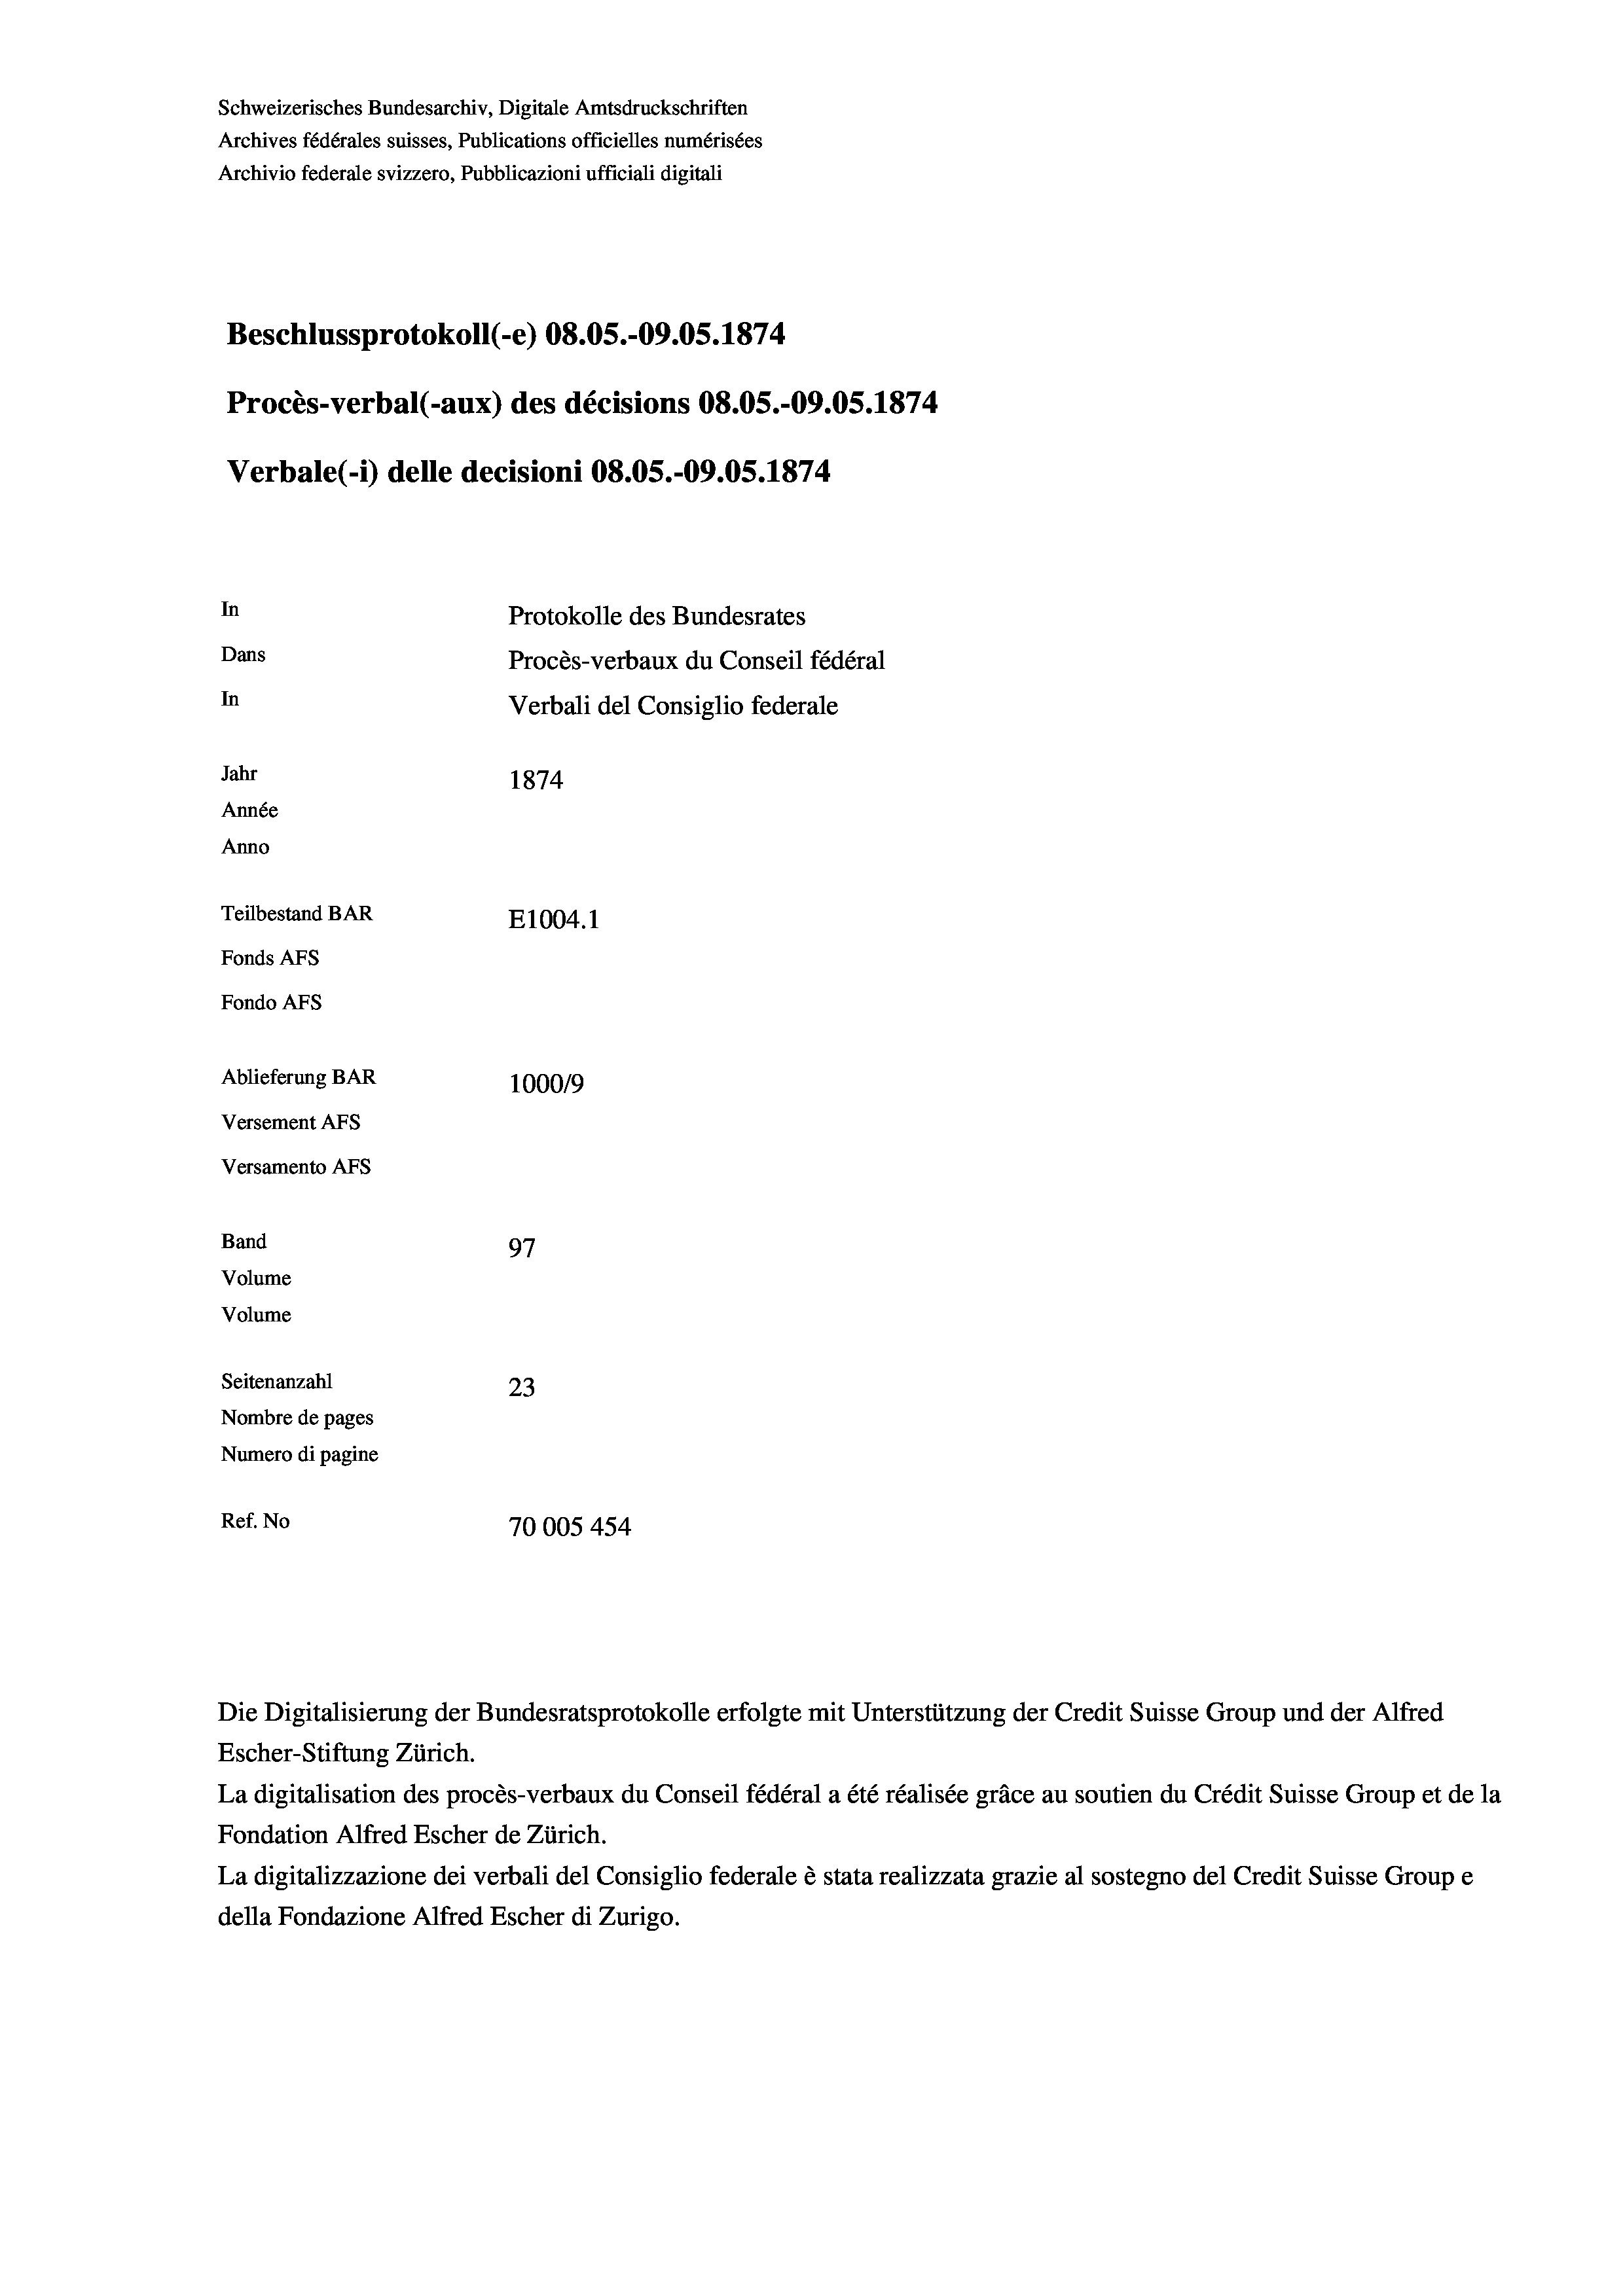
Schweizerisches Bundesarchiv, Digitale Amtsdruckschriften
Archives fédérales suisses, Publications officielles numérisées
Archivio federale svizzero, Pubblicazioni ufficiali digitali
Beschlussprotokoll (-e) 08.05.-09.05. 1874
Procès-verbal (-aux) des décisions 08.05.-09.05. 1874
Verbale (i) delle decisioni 08.05.-09.05. 1874
In
Protokolle des Bundesrates
Dans
Procès-verbaux du Conseil fédéral
In
Verbali del Consiglio federale
Jahr
1874
Année
Anno
Teilbestand BAR
E1004. 1
Fonds AFs
Fondo AFS
Ablieferung BAR
100019
Versement AFs
Versamento Afs
Band
97
Volume
Volume
Seitenanzahl
23
Nombre de pages
Numero di pagine
Ref. No
70005 454

Die Digitalisierung der Bundesratsprotokolle erfolgte mit Unterstützung der Credit Suisse Group und der Alfred
Escher-Stiftung Zürich.
La digitalisation des procès-verbaux du Conseil fédéral a été réalisée gräce au soutien du Crédit Suisse Group et de la
Fondation Alfred Escher de Zürich.
La digitalizzazione dei verbali del Consiglio federale è stata realizzata grazie al sostegno del Credit Suisse Groupe
della Fondazione Alfred Escher di Zurigo.